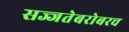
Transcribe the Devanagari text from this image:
सज्जतेबरोबरच